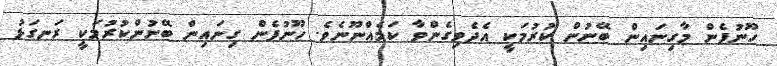
ހޫނުފެން މާގިނައިން ބޭނުން ކުރުމަކީ އެދެވިގެންވާ ކަމެއްނޫނެވެ. ހޫނުފެން ގިނައިން ބޭނުންކުރުމަކީ ރަނގަޅު